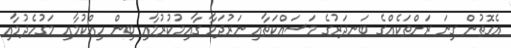
އެގޮތުން ގިނަ ރަށްތަކެއްގެ ބަނދަރުގެ މަސައްކަތާއި ނަރުދަމާ ގާއިމުކުރުމާއި ބިން ހިއްކުމާއި މަގުހެދުމާއި